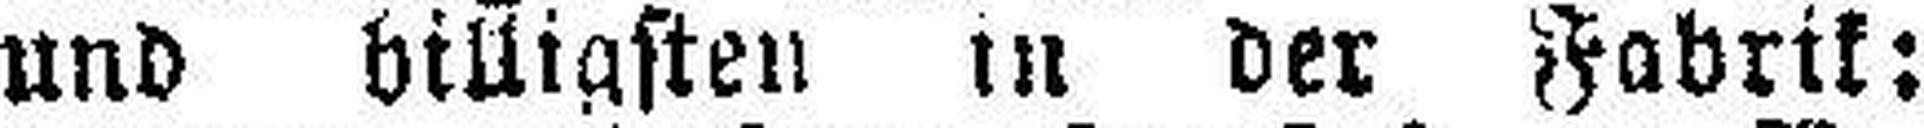
und billigsten in der Fabrik: